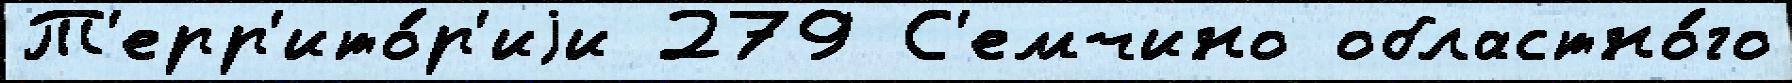
Т'ерр'ито́р'иjи 279 С'емчино областно́го